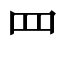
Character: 罒